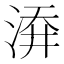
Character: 㴁